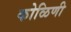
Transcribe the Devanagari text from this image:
कोळिणी